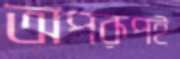
অপরূপই